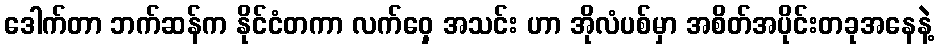
ဒေါက်တာ ဘက်ဆန်က နိုင်ငံတကာ လက်ဝှေ့ အသင်း ဟာ အိုလံပစ်မှာ အစိတ်အပိုင်းတခုအနေနဲ့